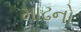
માઢનો